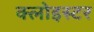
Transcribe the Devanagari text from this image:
क्लोइस्टर